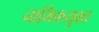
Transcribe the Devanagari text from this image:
नाभिकयुक्त